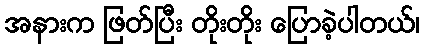
အနားက ဖြတ်ပြီး တိုးတိုး ပြောခဲ့ပါတယ်၊